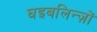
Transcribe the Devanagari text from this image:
घइबलिन्ज़ों